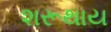
શરૂથાય